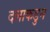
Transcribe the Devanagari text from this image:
दलाकडुन